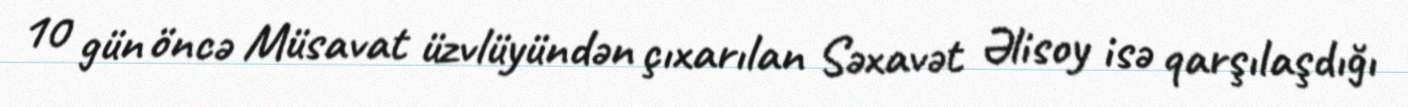
10 gün öncə Müsavat üzvlüyündən çıxarılan Səxavət Əlisoy isə qarşılaşdığı